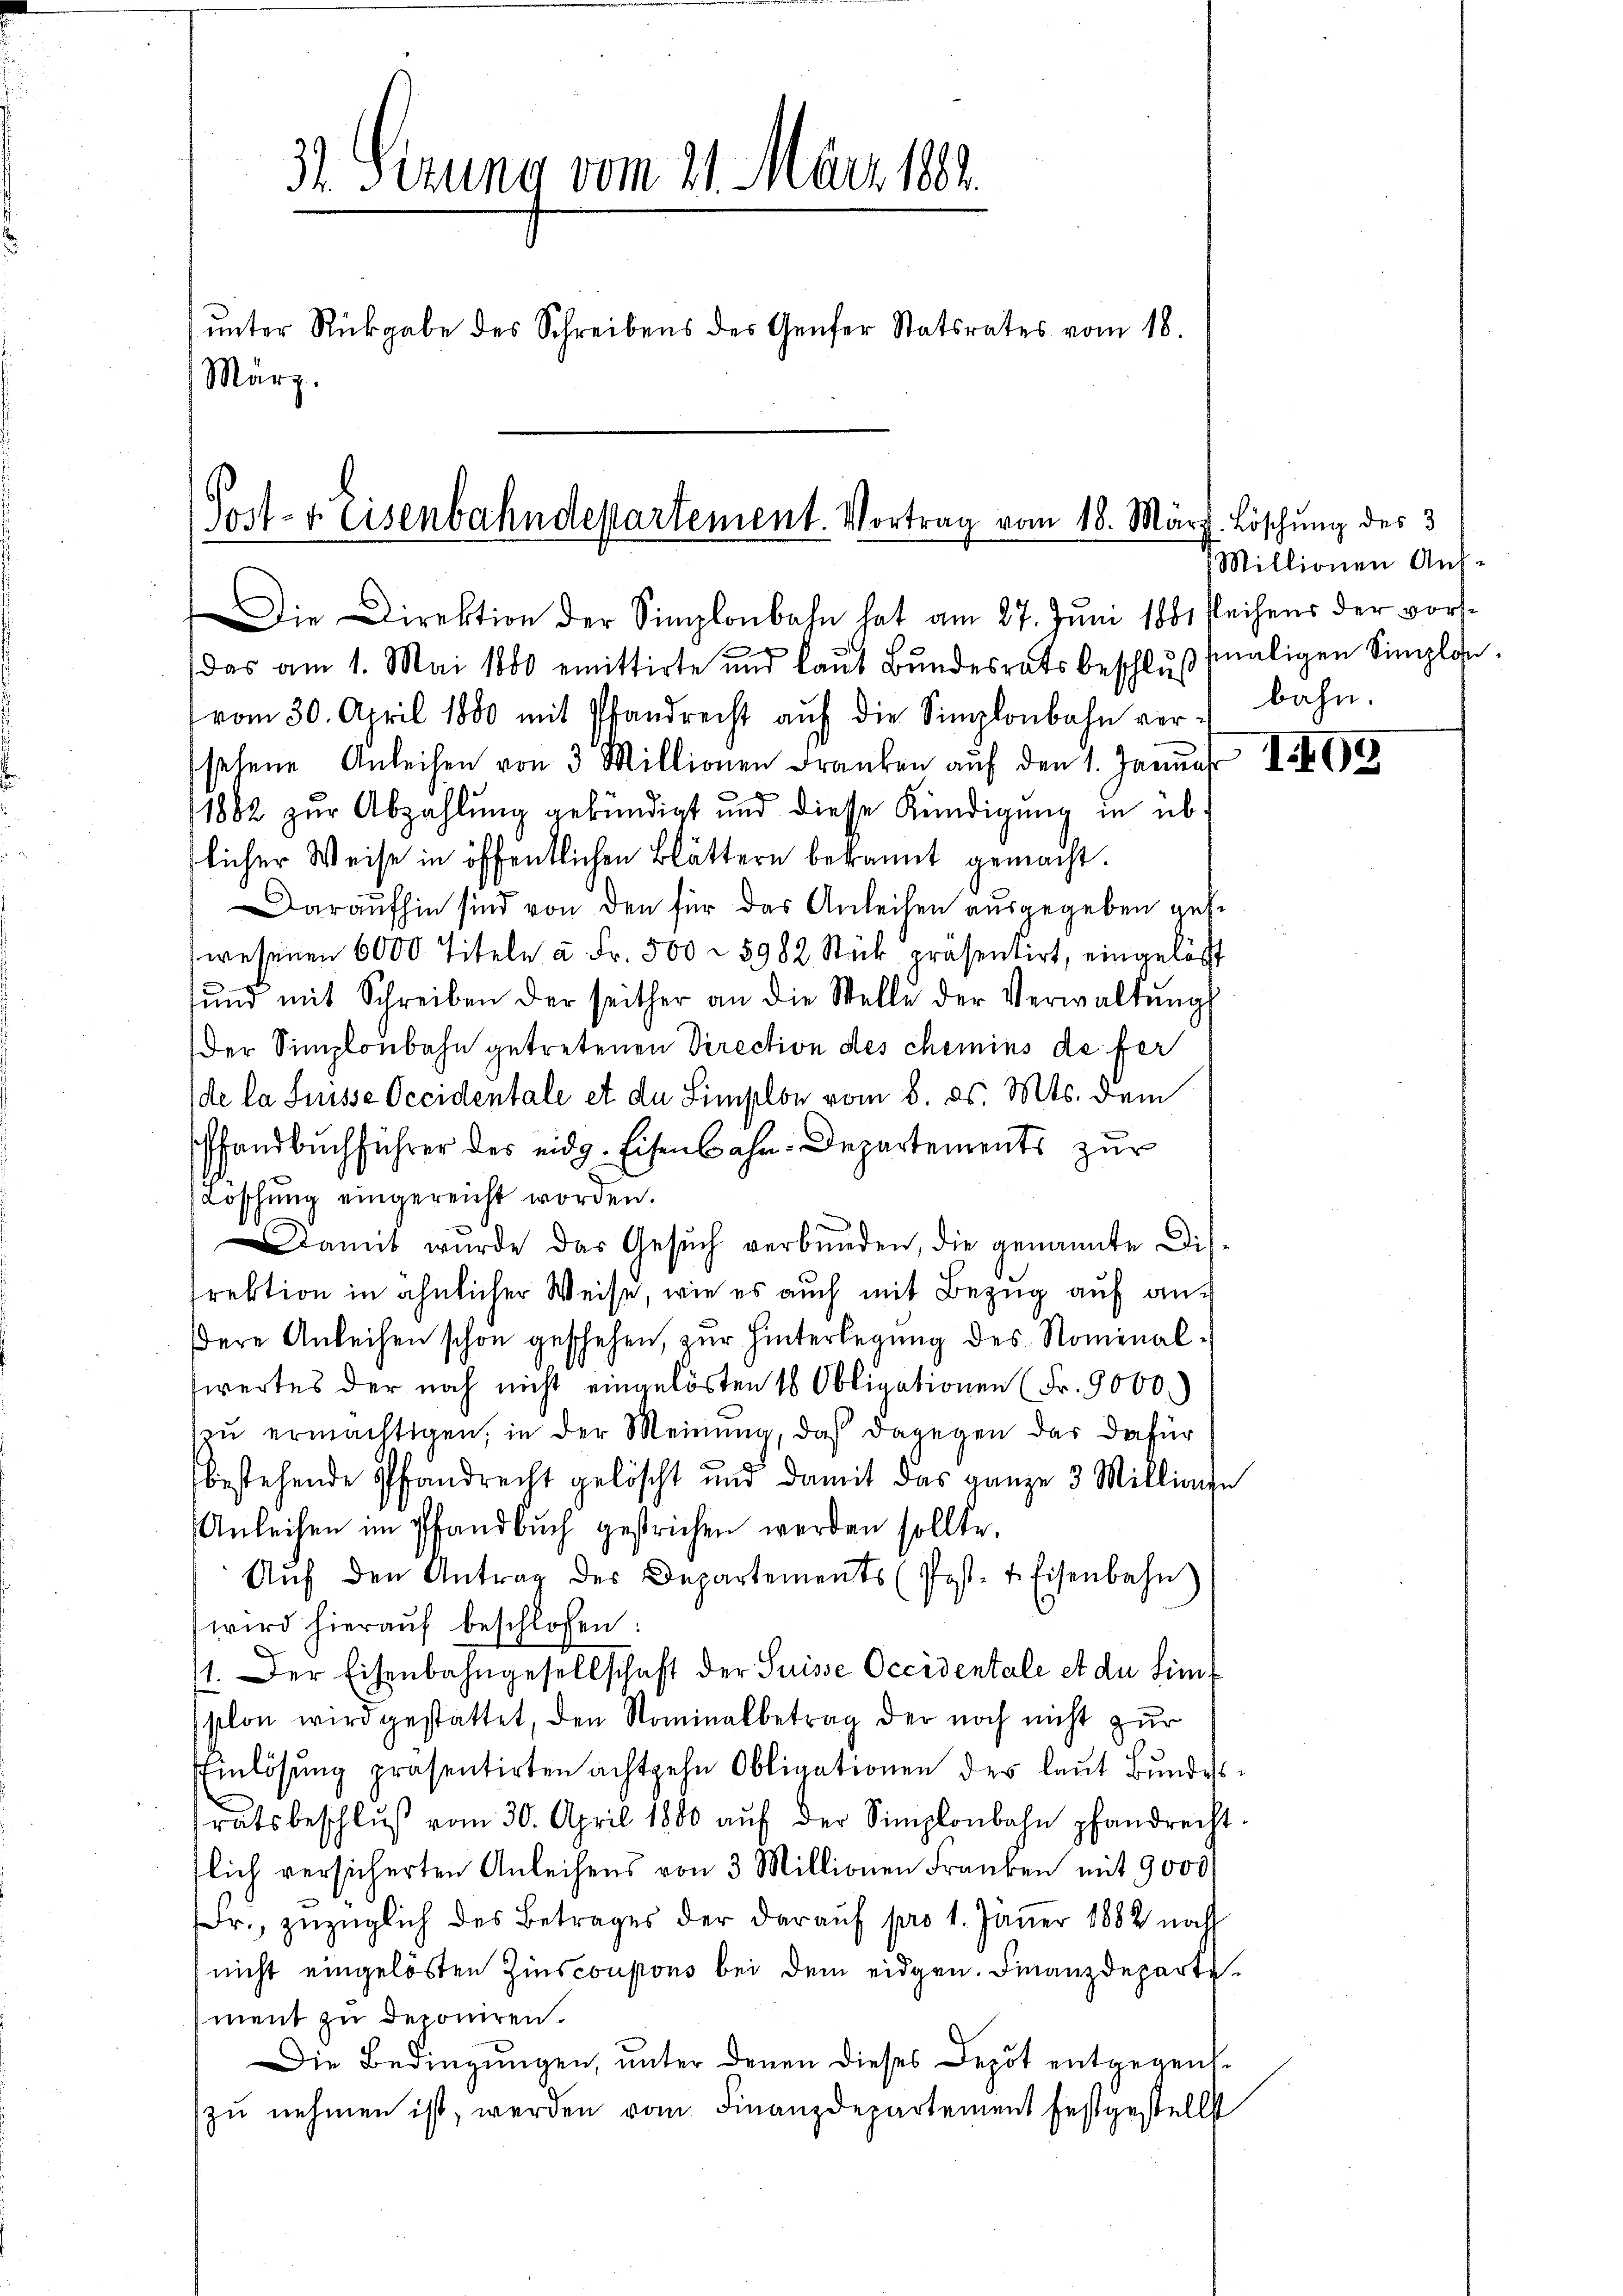
31. Sizung vom 21. März 1882.
unter Rückgabe des Schreibens des Genfer Statsrates vom 18.
März.

Post- & Eisenbahndepartement. Vortrag vom 18. März. Löschung des 3

Die Direktion der Simplonbahn hat am 27. Juni 1881 Reihens der vor-

das am 1. Mai 1880 emittirte und laŭt Bŭndesrats beschlŭβ maligen Simplon
vom 30. April 1880 mit Pfandrecht aŭf die Simplonbahn versehene Anleihen von 3 Millionen Franken aŭf den 1. Januar 1905
11882 zur Abzahlung gekündigt und diese Kündigung in üb
licher Weise in öffentlichen Blättern bekannt gemacht.
Daraufhin sind von den für das Anleihen ausgegeben gese
wesenen 6000 Titeln u. Fr. 500 - 5982 Stück präsentirt, eingelöst
sŭnd mit Schreiben der seither an die Stelle der Verwaltŭng
Der Simploubahn getretenen Direction des chemins de fer
de la Suisse Occidentale et de Simplon vom 8. ds. Mts. dem
Pfandbuchführer des eidg. Eisenbahn-Departements zur
Loschung eingereicht worden.
Damit wurde das Gesŭch verbŭnden, die genannte Dis-
rektion in ähnlicher Weise, wie es auch mit Bezug auf anere Anleihen schon geschehen, zur Hinterlegung des Nominalswertes der noch nicht eingelösten 16 Obligationen (Fr. 9000.)
zu ermächtigen, in der Meinung, daß dagegen das dafür
bestehende Pfandrecht gelöscht und damit das ganze 3 Millione
Anleihen im Pfandbuch gestrichen werden sollte.
Aŭf den Antrag des Departements (Post- & Eisenbahn
wird hieraŭf beschlossen:
1. Der Eisenbahngesellschaft der Suisse Occidentale et du simplon wird gestattet, den Rominalbetrag der noch nicht zur
Einlösung präsentirten achtzehn Obligationen des laut Bundesratsbeschlŭβ vom 30. April 1880 aŭf der Simplonbahn pfandrecht
flich versicherten Anleihens von 3 Millionen Franken mit 9000
Fr., zuzüglich des Betrages der darauf pro 1. Jäner 1882 nach
nicht eingelösten Zins coupons bei dem eidgen. Finanzdepartement zu deponiren.
Die Bedingungen, unter denen dieses Depot entgegenszu nehmen ist, werden vom Finanzdepartement festgestellt

Millionen Aufbahn.